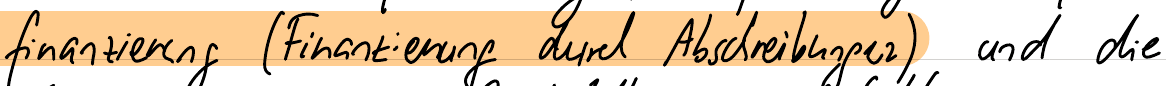
finanzierung (Finanzierung durch Abschreibungen) und die